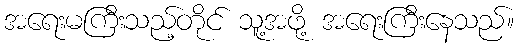
အရေးမကြီးသည့်တိုင် သူ့အဖို့ အရေးကြီးနေသည်။